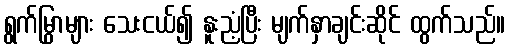
ရွက်မြွာများ သေးငယ်၍ နူးညံ့ပြီး မျက်နှာချင်းဆိုင် ထွက်သည်။